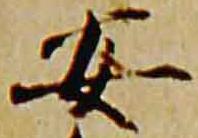
安